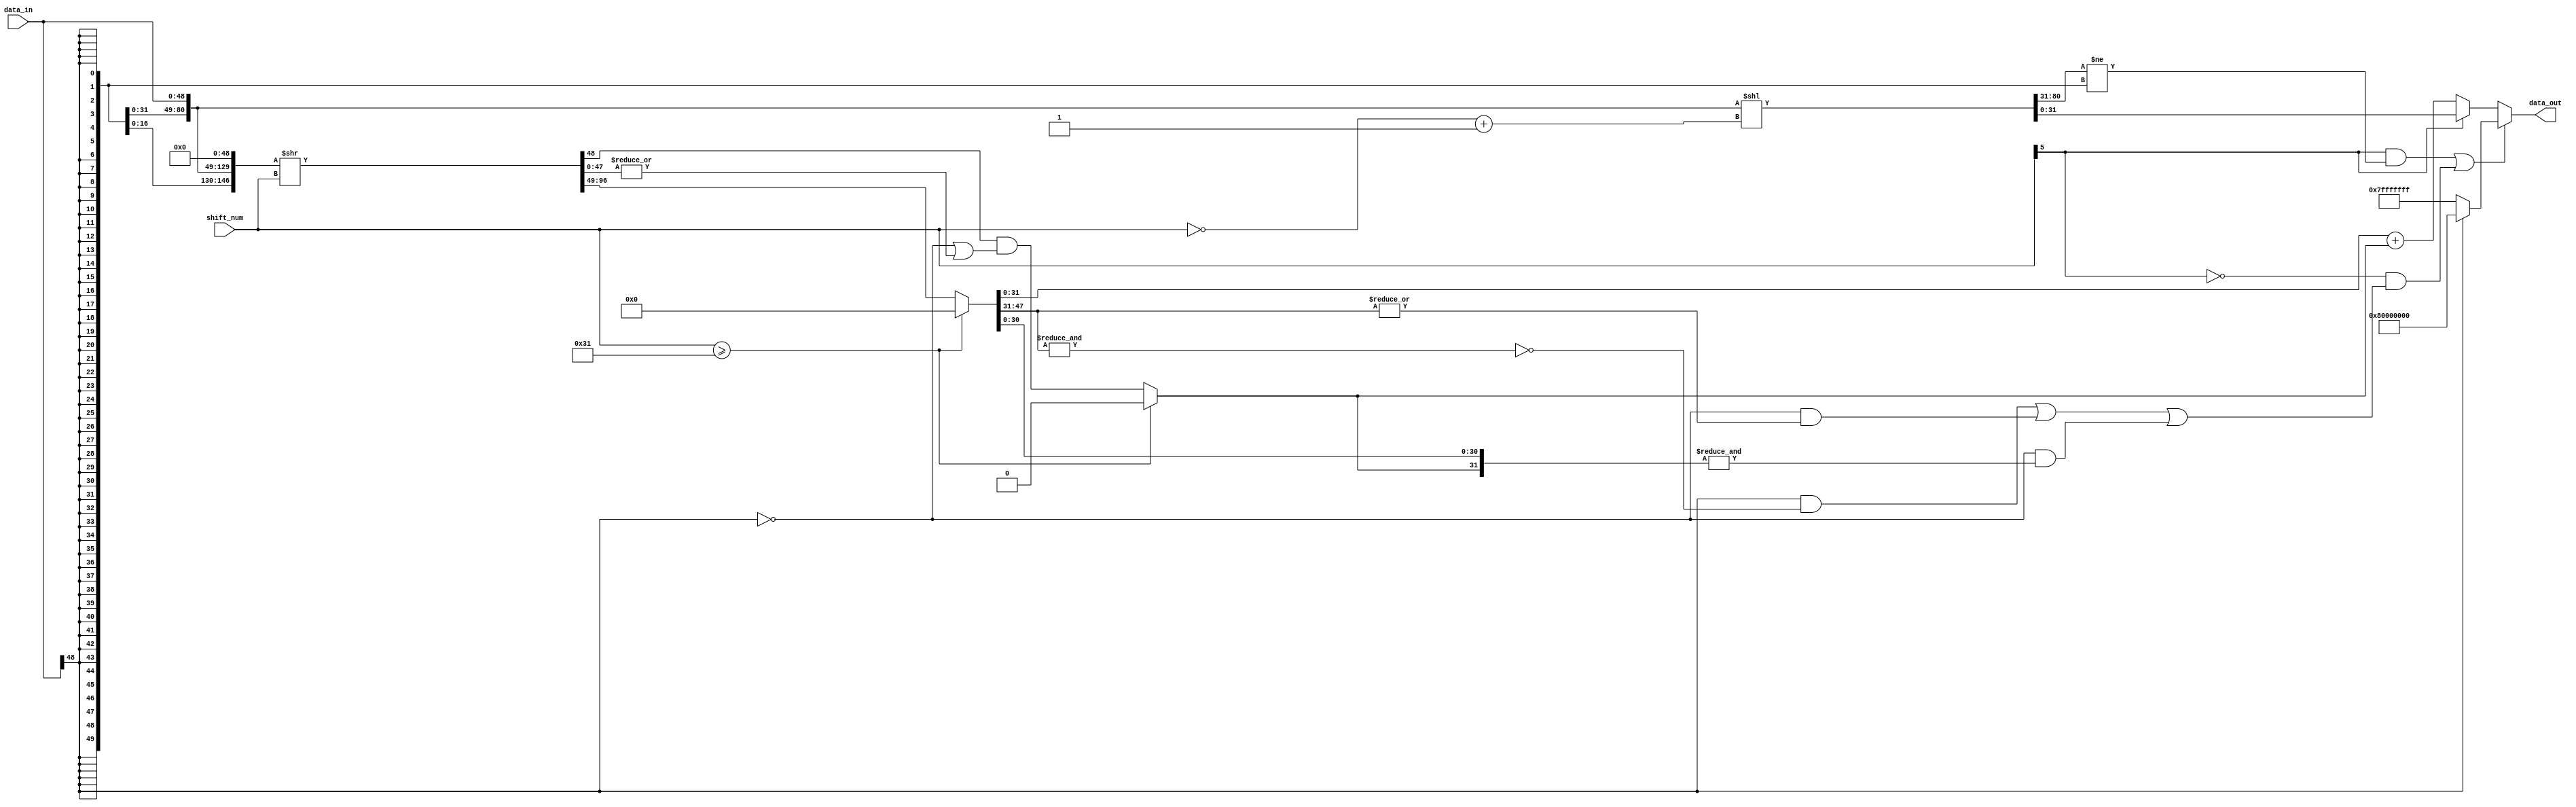
// ================================================================
// NVDLA Open Source Project
//
// Copyright(c) 2016 - 2017 NVIDIA Corporation. Licensed under the
// NVDLA Open Hardware License; Check "LICENSE" which comes with
// this distribution for more information.
// ================================================================
module NV_NVDLA_HLS_shiftrightss (
   data_in
  ,shift_num
  ,data_out
  );
parameter IN_WIDTH = 49;
parameter OUT_WIDTH = 32;
parameter SHIFT_WIDTH = 6;
parameter SHIFT_MAX = 1<<(SHIFT_WIDTH-1);
parameter HIGH_WIDTH = SHIFT_MAX+IN_WIDTH-OUT_WIDTH;
input [IN_WIDTH-1:0] data_in; //signed 
input [SHIFT_WIDTH-1:0] shift_num; //signed
output [OUT_WIDTH-1:0] data_out;
wire [OUT_WIDTH-1:0] data_shift_l;
wire [HIGH_WIDTH-1:0] data_high;
wire [IN_WIDTH-1:0] data_highr;
wire [IN_WIDTH-1:0] data_shift_rt;
wire [IN_WIDTH-1:0] data_shift_r;
wire [IN_WIDTH-2:0] stick;
wire [OUT_WIDTH-1:0] data_max;
wire [OUT_WIDTH-1:0] data_round;
wire shift_sign;
wire data_sign;
wire guide;
wire point5;
wire mon_round_c;
wire left_shift_sat;
wire right_shift_sat;
wire [5:0] shift_num_abs;
// synoff nets
// monitor nets
// debug nets
// tie high nets
// tie low nets
// no connect nets
// not all bits used nets
// todo nets
assign data_sign = data_in[IN_WIDTH-1];
assign shift_sign = shift_num[SHIFT_WIDTH-1];
//shift left
assign shift_num_abs[SHIFT_WIDTH-1:0] = ~shift_num[SHIFT_WIDTH-1:0] + 1;
assign {data_high[((HIGH_WIDTH) - 1):0],data_shift_l[((OUT_WIDTH) - 1):0]} = {{SHIFT_MAX{data_sign}},data_in} << shift_num_abs[((SHIFT_WIDTH) - 1):0];
assign left_shift_sat = shift_sign & {data_high,data_shift_l[OUT_WIDTH-1]} != {(HIGH_WIDTH+1){data_sign}};
//shift right
assign {data_highr[((IN_WIDTH) - 1):0],data_shift_rt[((IN_WIDTH) - 1):0], guide, stick[((IN_WIDTH-1) - 1):0]} = {{IN_WIDTH{data_sign}},data_in,{IN_WIDTH{1'b0}}} >> shift_num[((SHIFT_WIDTH) - 1):0];
//assign {data_shift_rt[::range(IN_WIDTH)], guide, stick[::range(IN_WIDTH-1)]} = ($signed({data_in,{IN_WIDTH{1'b0}}}) >>> shift_num[::range(SHIFT_WIDTH)]);
assign data_shift_r[((IN_WIDTH) - 1):0] = shift_num >= IN_WIDTH ? {IN_WIDTH{1'b0}} : data_shift_rt[((IN_WIDTH) - 1):0];
assign point5 = shift_num >= IN_WIDTH ? 1'b0 : guide & (~data_sign | (|stick));
assign {mon_round_c,data_round[((OUT_WIDTH) - 1):0]} = data_shift_r[((OUT_WIDTH) - 1):0] + point5;
assign right_shift_sat = !shift_sign &
                        (( data_sign & ~(&data_shift_r[IN_WIDTH-2:OUT_WIDTH-1])) |
                         (~data_sign & (|data_shift_r[IN_WIDTH-2:OUT_WIDTH-1])) |
                         (~data_sign & (&{data_shift_r[((OUT_WIDTH-1) - 1):0], point5})));
assign data_max = data_sign ? {1'b1, {(OUT_WIDTH-1){1'b0}}} : ~{1'b1, {(OUT_WIDTH-1){1'b0}}};
assign data_out = (left_shift_sat | right_shift_sat) ? data_max : shift_sign ? data_shift_l : data_round;
endmodule // NV_NVDLA_HLS_shiftrightss